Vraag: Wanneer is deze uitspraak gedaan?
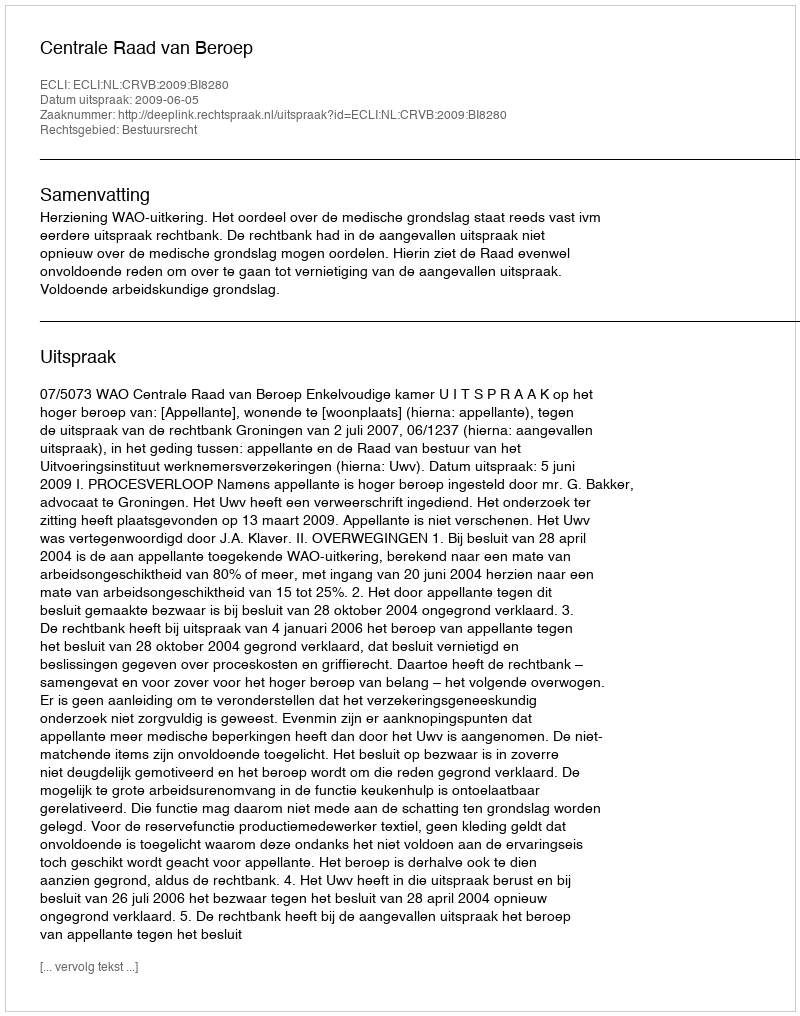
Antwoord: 2009-06-05